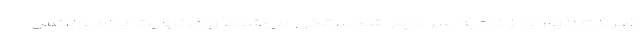
ضربات آنها، او از ناحیه سر دچار شکستگی می‌شود و درنهایت با آمبولانس